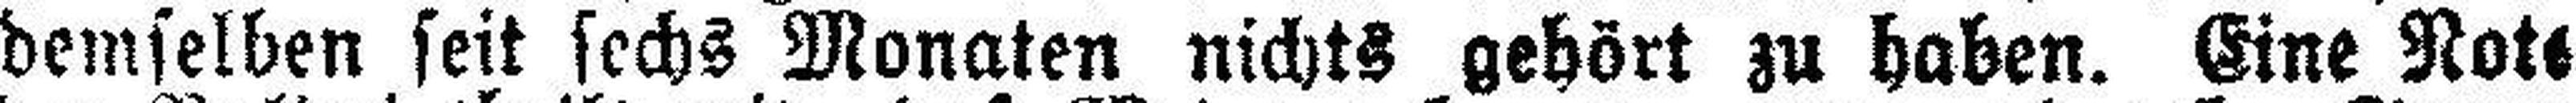
demselben seit sechs Monaten nichts gehört zu haben. Eine Note